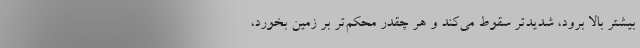
بیشتر بالا برود، شدیدتر سقوط می‌کند و هر چقدر محکم‌تر بر زمین بخورد،